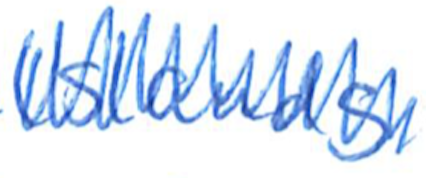
Text: Islands
Cross-out: mix
Writing tool: ballpoint